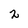
Character: 2